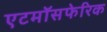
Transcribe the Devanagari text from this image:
एटमॉसफेरिक